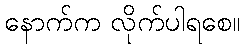
နောက်က လိုက်ပါရစေ။